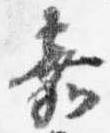
嘉